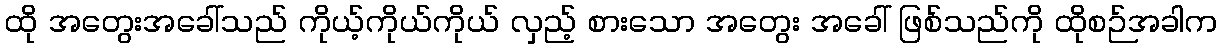
ထို အတွေးအခေါ်သည် ကိုယ့်ကိုယ်ကိုယ် လှည့် စားသော အတွေး အခေါ် ဖြစ်သည်ကို ထိုစဉ်အခါက